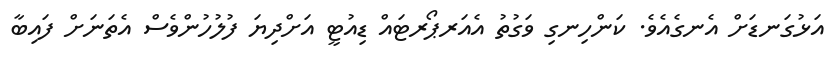
އަޅުގަނޑަށް އެނގެއެވެ. ކަންހިނގި ވަގުތު އެއަރޕޯރޓައް ޑިއުޓީ އަށްދިޔަ ފުލުހުންވެސް އެތަނަށް ފައިބާ